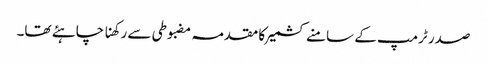
صدر ٹرمپ کے سامنے کشمیر کا مقدمہ مضبوطی سے رکھنا چاہئے تھا۔